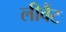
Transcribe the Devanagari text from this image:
लीवैंट